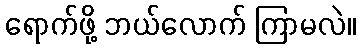
ရောက်ဖို့ ဘယ်လောက် ကြာမလဲ။